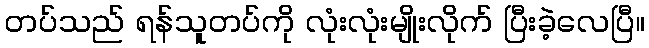
တပ်သည် ရန်သူတပ်ကို လုံးလုံးမျိုးလိုက် ပြီးခဲ့လေပြီ။